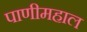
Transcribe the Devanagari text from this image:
पाणीमहाल